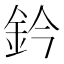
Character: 鈐